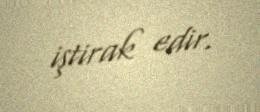
iştirak edir.